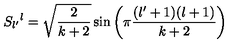
S _ { l ^ { \prime } } { } ^ { l } = \sqrt { { \frac { 2 } { k + 2 } } } \sin \left( \pi { \frac { ( l ^ { \prime } + 1 ) ( l + 1 ) } { k + 2 } } \right)